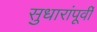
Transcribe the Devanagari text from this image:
सुधारांपूर्वी